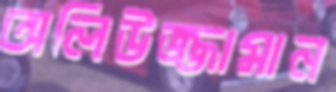
অলিউজ্জামান